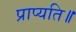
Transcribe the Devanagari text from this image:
प्राप्यति॥